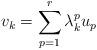
LaTeX: \begin{align*}v_k= \sum_{p=1}^r \lambda^p_k u_p\end{align*}